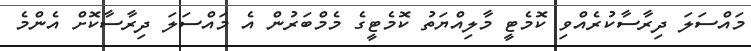
މައްސަލަ ދިރާސާކުރެއްވި ކޮމެޓީ މާލިއްޔަތު ކޮމެޓީގެ މެމްބަރުން އެ މައްސަލަ ދިރާސާކޮށް އެންމެ